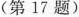
(第17题）